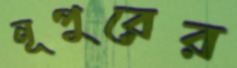
নূপুরের